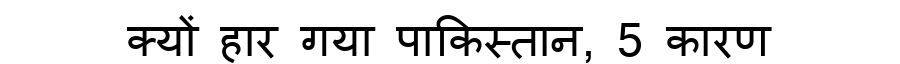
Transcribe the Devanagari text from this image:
क्यों हार गया पाकिस्तान, 5 कारण